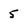
Character: 5